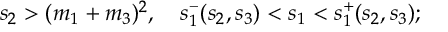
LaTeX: s _ { 2 } > ( m _ { 1 } + m _ { 3 } ) ^ { 2 } , \quad s _ { 1 } ^ { - } ( s _ { 2 } , s _ { 3 } ) < s _ { 1 } < s _ { 1 } ^ { + } ( s _ { 2 } , s _ { 3 } ) ;